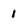
Character: 1